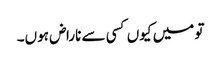
تو میں کیوں کسی سے ناراض ہوں۔